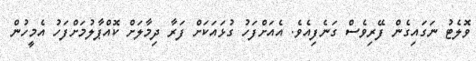
ވޮލެޓު ނަގައިގެން ފޭރިވެސް ގަނެފިއެވެ. އެއަށްފަހު ގުޅައަކަށް ފަރާ ދިމާލަށް ކޮއްޕާލުމަށްފަހު އެމީހުން